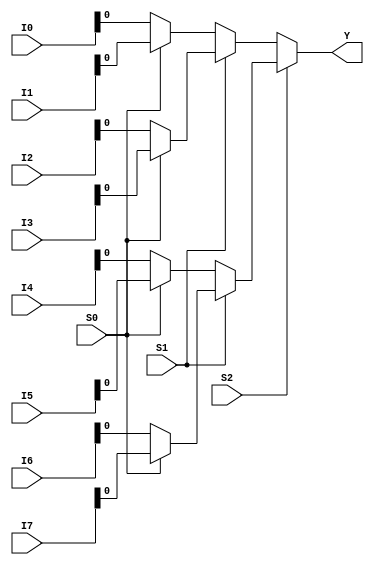
`timescale 1ns / 1ps
//////////////////////////////////////////////////////////////////////////////////
// Company: 
// Engineer: 
// 
// Design Name: 
// Module Name: mux_8X1
// Project Name: 
// Target Devices: 
// Tool Versions: 
// Description: 
// 
// Dependencies: 
// 
// Revision:
// Revision 0.01 - File Created
// Additional Comments:
// 
//////////////////////////////////////////////////////////////////////////////////


module mux_8X1(I0,I1,I2,I3,I4,I5,I6,I7,S0,S1,S2,Y);
input [3:0] I0,I1,I2,I3,I4,I5,I6,I7;
input S0,S1,S2;
output Y;

assign Y = S2 ? (S1 ? (S0 ? I7:I6):(S0 ? I5:I4)):(S1 ? (S0 ? I3:I2):(S0 ? I1:I0));

endmodule